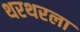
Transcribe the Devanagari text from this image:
थरथरला